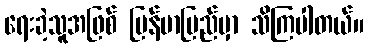
ရေးခဲ့သူအဖြစ် မြန်မာပြည်မှာ သိကြပါတယ်။